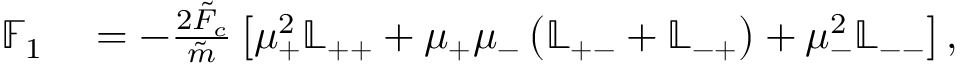
\begin{array} { r l } { \mathbb { F } _ { 1 } } & { { } = - \frac { 2 \tilde { F } _ { c } } { \tilde { m } } \left[ \mu _ { + } ^ { 2 } \mathbb { L } _ { + + } + \mu _ { + } \mu _ { - } \left( \mathbb { L } _ { + - } + \mathbb { L } _ { - + } \right) + \mu _ { - } ^ { 2 } \mathbb { L } _ { -- } \right] , } \end{array}